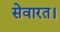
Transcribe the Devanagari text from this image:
सेवारत।